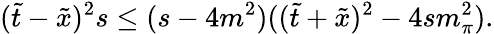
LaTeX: (\tilde{t}-\tilde{x})^{2}s\le(s-4m^{2})((\tilde{t}+\tilde{x})^{2}-4sm_{\pi}^{2}).